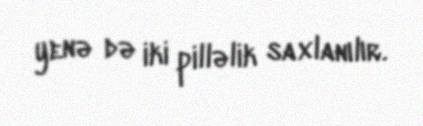
yenə də iki pilləlik saxlanılır.